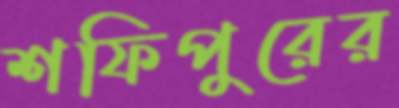
শফিপুরের